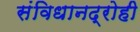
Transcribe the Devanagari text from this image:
संविधानद्रोही